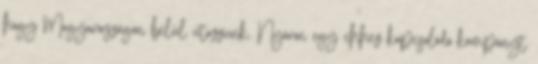
hogy Magyarországon belül utazzunk. Nyáron egy ehhez kapcsolódó kampányt